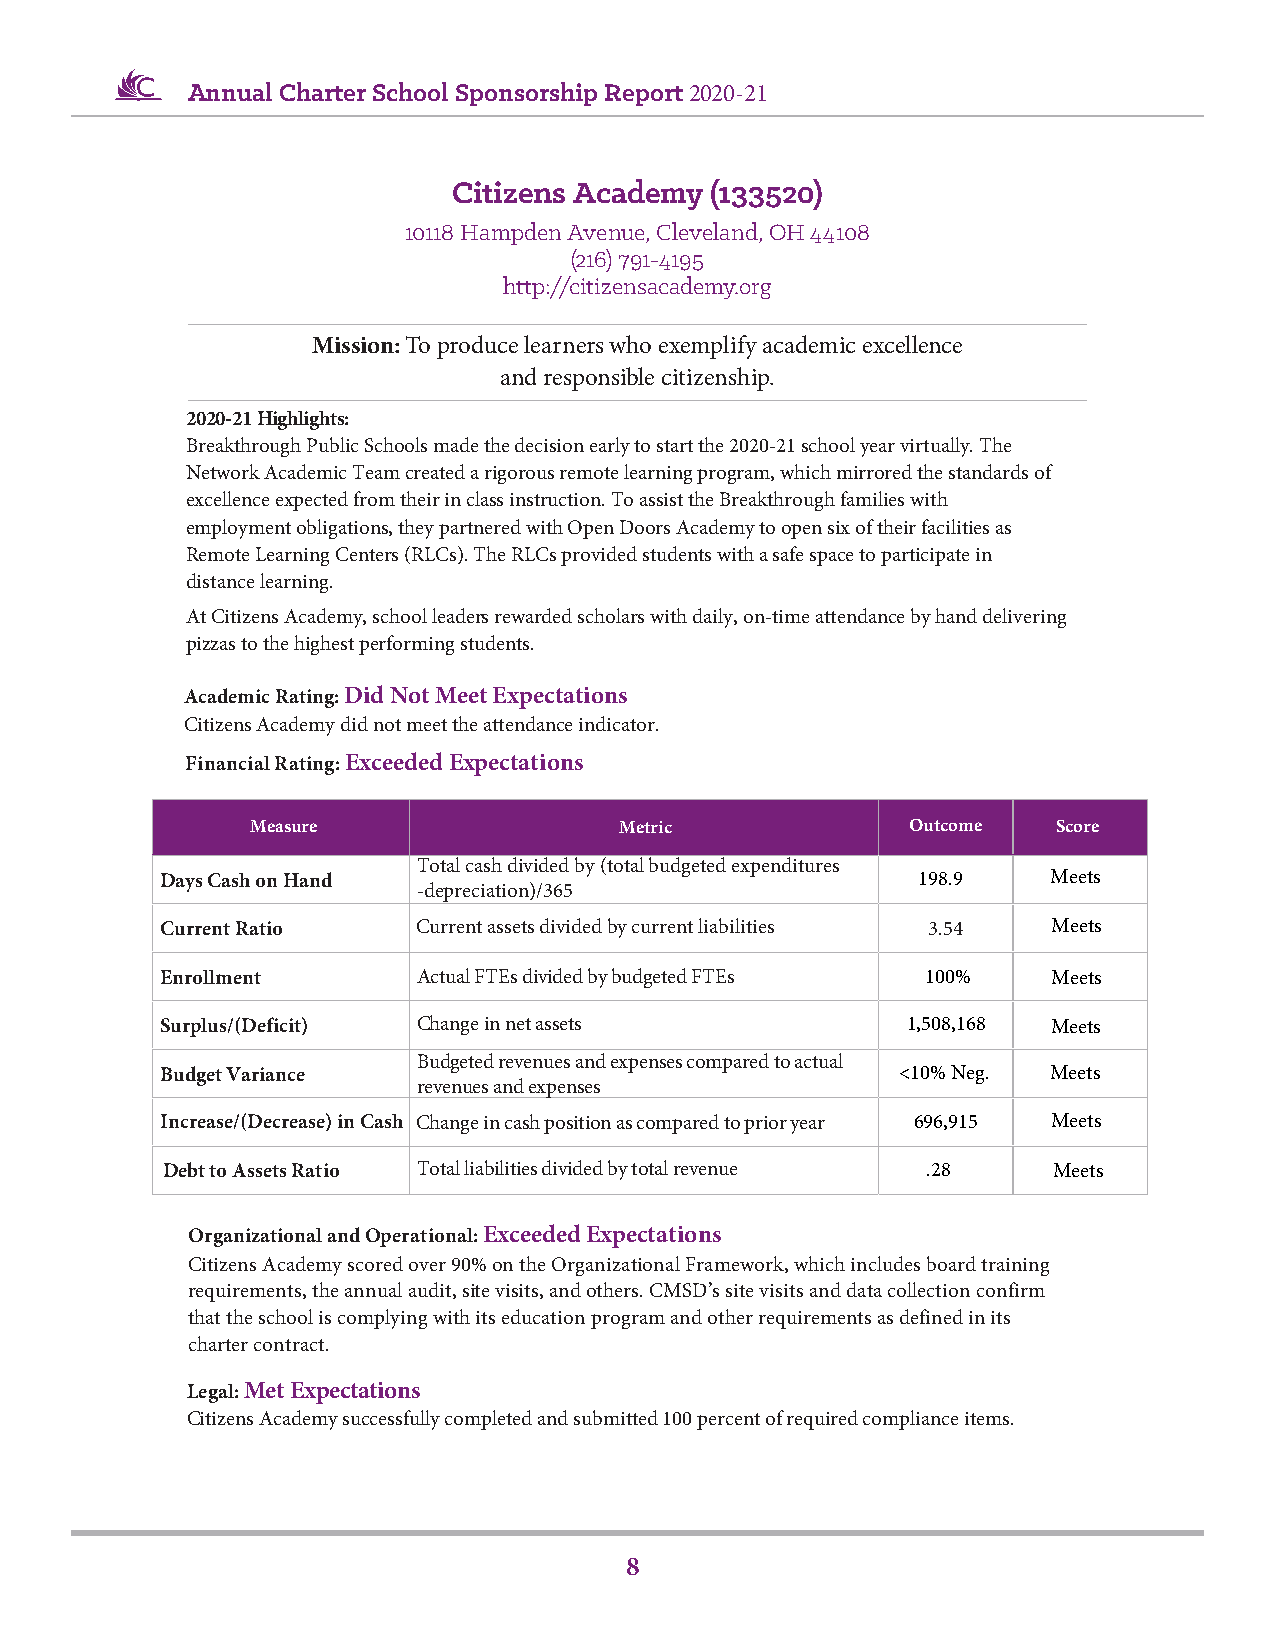
Annual Charter School Sponsorship Report 2020-21
 Citizens Academy (133520)
 10118 Hampden Avenue, Cleveland, OH 44108
 (216) 791-4195
 http://citizensacademy.org
 Mission: To produce learners who exemplify academic excellence
 and responsible citizenship.
 2020-21 Highlights:
 Breakthrough Public Schools made the decision early to start the 2020-21 school year virtually. The
 Network Academic Team created a rigorous remote learning program, which mirrored the standards of
 excellence expected from their in class instruction. To assist the Breakthrough families with
 employment obligations, they partnered with Open Doors Academy to open six of their facilities as
 Remote Learning Centers (RLCs). The RLCs provided students with a safe space to participate in
 distance learning.
 At Citizens Academy, school leaders rewarded scholars with daily, on-time attendance by hand delivering
 pizzas to the highest performing students.
 Academic Rating: Did Not Meet Expectations
 Citizens Academy did not meet the attendance indicator.
 Financial Rating: Exceeded Expectations
 Measure                 Metric             Outcome   Score
 Total cash divided by (total budgeted expenditures
 Days Cash on Hand                                 198.9    Meets
 -depreciation)/365
 Current Ratio    Current assets divided by current liabilities 3.54 Meets
 Enrollment       Actual FTEs divided by budgeted FTEs 100% Meets
 Surplus/(Deficit) Change in net assets           1,508,168 Meets
 Budgeted revenues and expenses compared to actual
 Budget Variance                                 <10% Neg.  Meets
 revenues and expenses
 Increase/(Decrease) in Cash Change in cash position as compared to prior year 696,915 Meets
 Debt to Assets Ratio Total liabilities divided by total revenue .28 Meets
 Organizational and Operational: Exceeded Expectations
 Citizens Academy scored over 90% on the Organizational Framework, which includes board training
 requirements, the annual audit, site visits, and others. CMSD’s site visits and data collection confirm
 that the school is complying with its education program and other requirements as defined in its
 charter contract.
 Legal: Met Expectations
 Citizens Academy successfully completed and submitted 100 percent of required compliance items.
 8